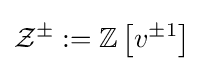
{\mathcal {Z}}^{\pm }:=\mathbb {Z} \left[v^{\pm 1}\right]